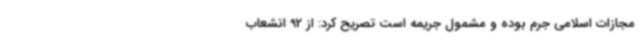
مجازات اسلامی جرم بوده و مشمول جریمه است تصریح کرد: از 92 انشعاب